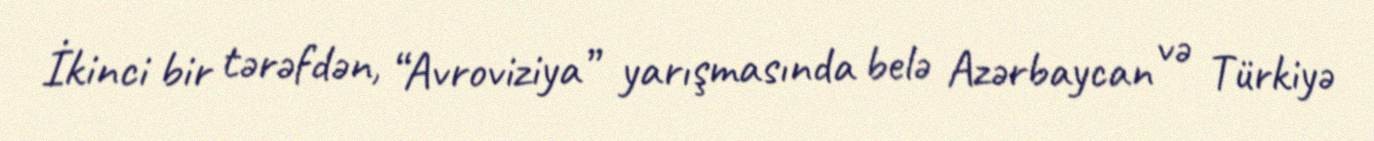
İkinci bir tərəfdən, “Avroviziya” yarışmasında belə Azərbaycan və Türkiyə